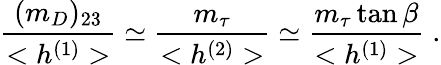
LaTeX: \frac{(m_{D})_{23}}{<h^{(1)}>}\simeq\frac{m_{\tau}}{<h^{(2)}>}\simeq\frac{m_{\tau}\tan\beta}{<h^{(1)}>}\; .